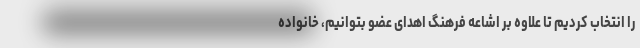
را انتخاب کردیم تا علاوه بر اشاعه فرهنگ اهدای عضو بتوانیم، خانواده